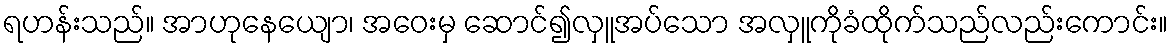
ရဟန်းသည်။ အာဟုနေယျော၊ အဝေးမှ ဆောင်၍လှူအပ်သော အလှူကိုခံထိုက်သည်လည်းကောင်း။